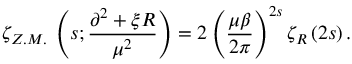
\zeta _ { Z . M . } \, \left( s ; \frac { \partial ^ { 2 } + \xi R } { \mu ^ { 2 } } \right) = 2 \left( \frac { \mu \beta } { 2 \pi } \right) ^ { 2 s } \zeta _ { R } \left( 2 s \right) .